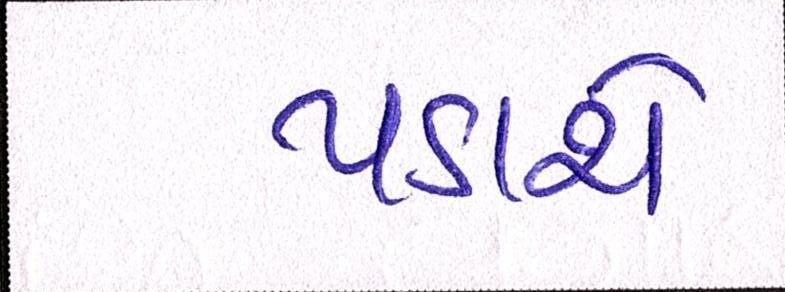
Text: પડાશે